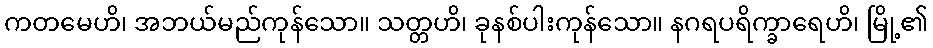
ကတမေဟိ၊ အဘယ်မည်ကုန်သော။ သတ္တဟိ၊ ခုနစ်ပါးကုန်သော။ နဂရပရိက္ခာရေဟိ၊ မြို့၏